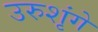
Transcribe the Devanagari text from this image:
उरुशृंगे